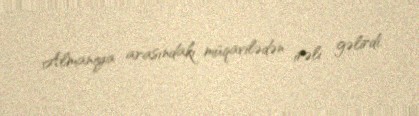
Almaniya arasındakı müqavilədən irəli gəlirdi.